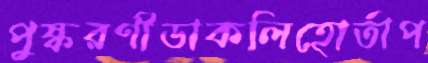
পুষ্করণীডাকলিহোর্তাপ